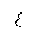
Letter: _gayn